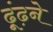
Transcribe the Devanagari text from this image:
ढ़ूंढ़ने